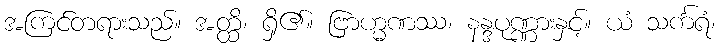
အကြင်တရားသည်။ အတ္ထိ၊ ရှိ၏။ ဗြာဟ္မဏဿ၊ နန္ဒပုဏ္ဏားနှင့်။ ယံ သင်္ကရံ၊